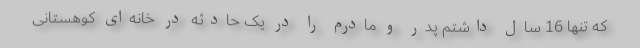
که تنها 16 سال داشتم پدر و مادرم را در یک حادثه در خانه‌ای کوهستانی